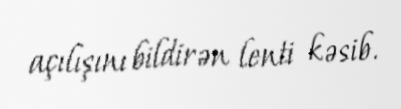
açılışını bildirən lenti kəsib.